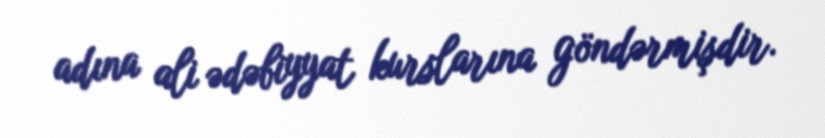
adına ali ədəbiyyat kurslarına göndərmişdir.